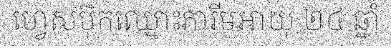
ហ្វេសប៊ុកឈ្មោះភារីមអាយុ ២៤ ឆ្នាំ